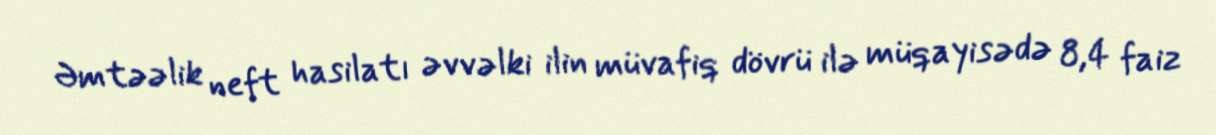
Əmtəəlik neft hasilatı əvvəlki ilin müvafiq dövrü ilə müqayisədə 8,4 faiz